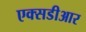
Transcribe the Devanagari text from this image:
एक्सडीआर